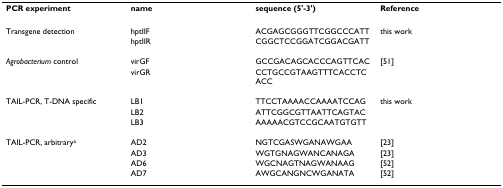
| PCR experiment | name | sequence (5'-3') | Reference |
 | --- | --- | --- | --- |
 | Transgene detection | hptIIF | ACGAGCGGGTTCGGCCCATT | this work |
 |  | hptIIR | CGGCTCCGGATCGGACGATT |  |
 | Agrobacterium control | virGF | GCCGACAGCACCCAGTTCAC | [51] |
 |  | virGR | CCTGCCGTAAGTTTCACCTCACC |  |
 | TAIL-PCR, T-DNA specific | LB1 | TTCCTAAAACCAAAATCCAG | this work |
 |  | LB2 | ATTCGGCGTTAATTCAGTAC |  |
 |  | LB3 | AAAAACGTCCGCAATGTGTT |  |
 | TAIL-PCR, arbitrarya | AD2 | NGTCGASWGANAWGAA | [23] |
 |  | AD3 | WGTGNAGWANCANAGA | [23] |
 |  | AD6 | WGCNAGTNAGWANAAG | [52] |
 |  | AD7 | AWGCANGNCWGANATA | [52] |